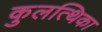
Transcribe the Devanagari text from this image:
कुलत्थिका